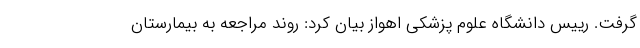
گرفت. رییس دانشگاه علوم پزشکی اهواز بیان کرد: روند مراجعه به بیمارستان